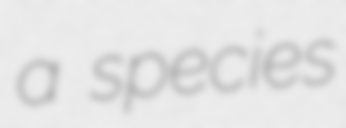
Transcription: a species